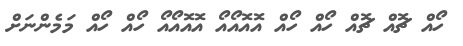
ހޯއް ޗޮއް ޗޮއް ހޯއް ހޯއް އޮއޮއޯއޯ އޮއޮއޯއޯ ހޯއް ހޯއް މަމެންނަށް